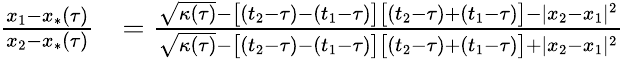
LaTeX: \begin{array}{rl}{\frac{x_{1}-x_{*}(\tau)}{x_{2}-x_{*}(\tau)}}&{=\frac{\sqrt{\kappa(\tau)}-\big[(t_{2}-\tau)-(t_{1}-\tau)\big]\big[(t_{2}-\tau)+(t_{1}-\tau)\big]-|x_{2}-x_{1}|^{2}}{\sqrt{\kappa(\tau)}-\big[(t_{2}-\tau)-(t_{1}-\tau)\big]\big[(t_{2}-\tau)+(t_{1}-\tau)\big]+|x_{2}-x_{1}|^{2}}}\end{array}